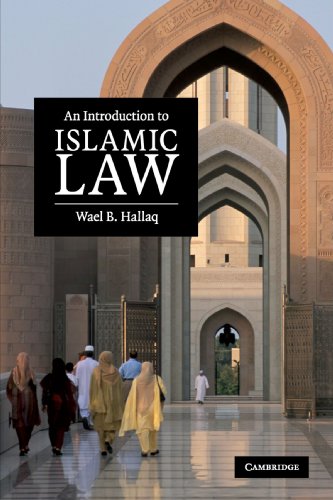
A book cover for An Introduction to Islamic Law; Wael B. Hallaq; Religion & Spirituality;